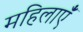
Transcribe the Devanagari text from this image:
महिलाएंँ